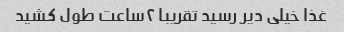
غذا خیلی دیر رسید تقریبا ۲ساعت طول کشید